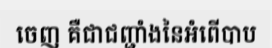
ចេញ គឺជាជញ្ជាំងនៃអំពើបាប